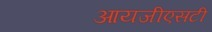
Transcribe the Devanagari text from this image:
आयजीएसटी